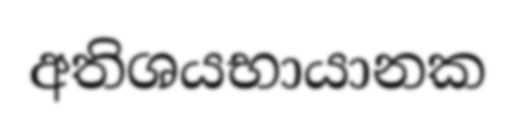
අතිශයභායානක